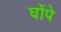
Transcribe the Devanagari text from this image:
घोंपे